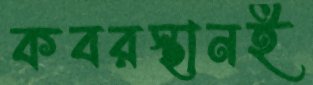
কবরস্থানই